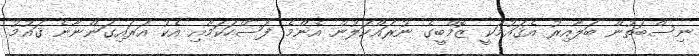
ނިސްބަތުން ބަލާއިރު އެޤައުމަކީ ޒޮމްބީގެ ނުރައްކަލުން އެންމެ ފަސޭހަކަމާއި އެކު އަރައިގަންނާނެ ޤައުމު